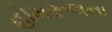
હોમરૂલના